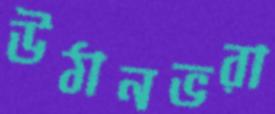
উঠানভরা